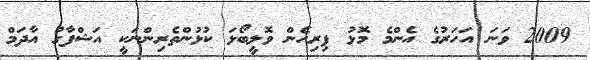
2009 ވަނަ އަހަރުގެ އެންމެ މޮޅު ފިރިހެން ވޮލީބޯޅަ ކުޅުންތެރިންނަކީ އަޝްފާގު އާދަމް